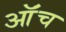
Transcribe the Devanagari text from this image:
ऑंच